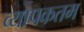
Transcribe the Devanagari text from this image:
व्यापकतम